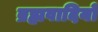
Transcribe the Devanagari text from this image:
ब्रह्मवादियों